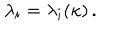
\lambda _ { i } = \lambda _ { i } ( \kappa ) \, .